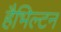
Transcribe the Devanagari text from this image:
हैभिल्टन